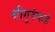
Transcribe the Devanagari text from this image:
श्रीगुरुंकडे